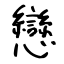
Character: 戀